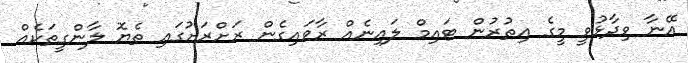
އޭނާ ވިދާޅުވީ މީގެ އިތުރުން ޓައިމް ލައިނެއް ރާވައިގެން ރަށްރަށުގައި ތެޔޮ ލާންގީތަކެއް